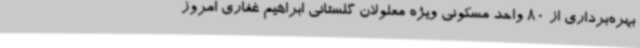
بهره‌برداری از 80 واحد مسکونی ویژه معلولان گلستانی ابراهیم غفاری امروز